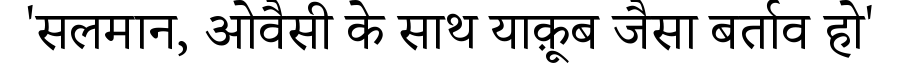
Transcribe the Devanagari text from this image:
'सलमान, ओवैसी के साथ याक़ूब जैसा बर्ताव हो'